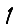
Digit: 1